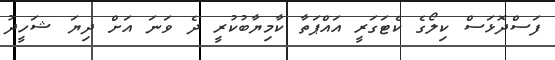
ފަސްދޮޅަސް ކިލޯގެ ކެޓަގަރީ އައްޕަތާ ކާމިޔާބުކުރީ ދެ ވަނަ އަށް ދިޔަ ޝަހީދު